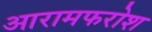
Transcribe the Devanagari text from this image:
आरामफरोश